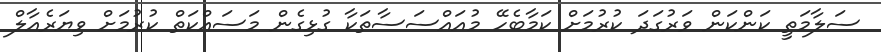
ސަލާމަތީ ކަންކަން ވަރުގަދަ ކުރުމަށް ކަމާބެހޭ މުއައްސަސާތަކާ ގުޅިގެން މަސައްކަތް ކުރުމަށް ވިޔަރެއާލް